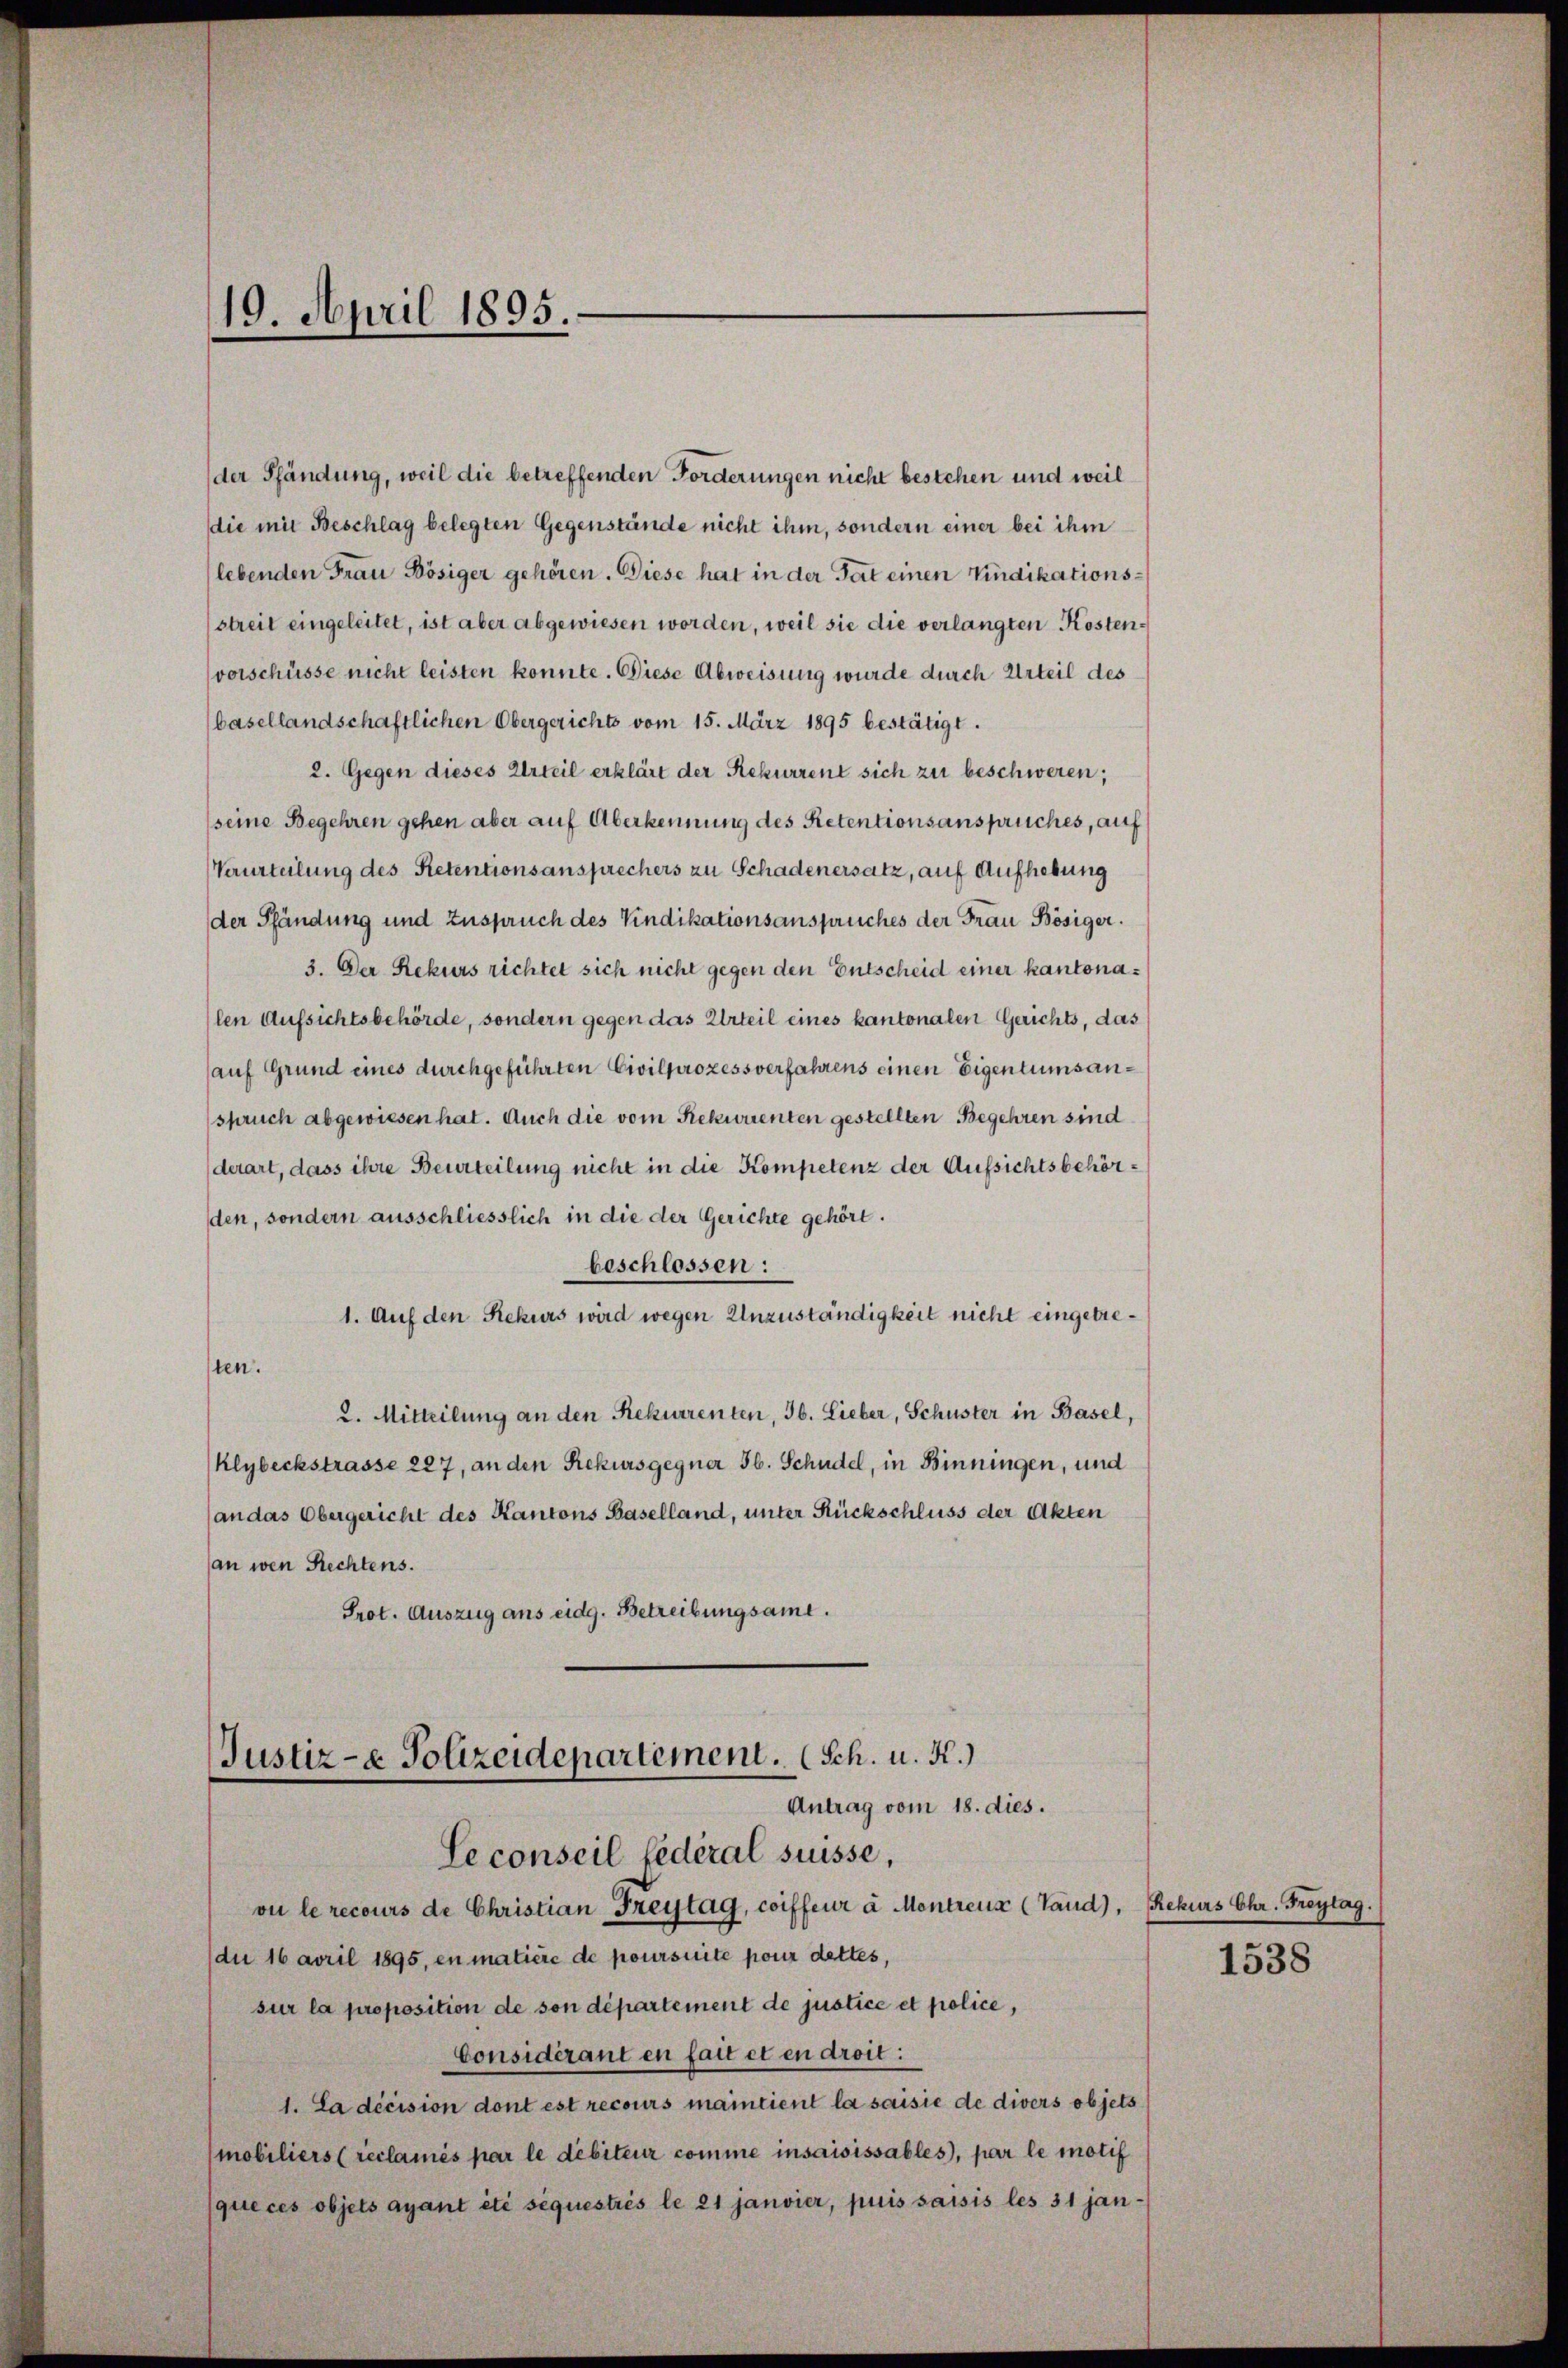
19. April 1895.

der Pfändung, weil die betreffenden Forderungen nicht bestehen und weil
die mit Beschlag belegten Gegenstände nicht ihm, sondern einer bei ihm
lebenden Frau Bösiger gehören. Diese hat in der Tat einen Vindikations¬
(streit eingeleitet, ist aber abgewiesen worden, weil sie die verlangten Kostenvorschüsse nicht leisten konnte. Diese Abweisung wurde durch Urteil des
basellandschaftlichen Obergerichts vom 15. März 1895 bestätigt.
2. Gegen dieses Urteil erklärt der Rekurrent sich zu beschweren;
seine Begehren gehen aber auf Überkennung des Retentionsanspruches, auf
Verurteilung des Retentionsansprechers zu Schadenersatz, auf Aufhebung
der Pfändung und Zuspruch des Vindikationsanspruches der Frau Bösiger.
3. Der Rekurs richtet sich nicht gegen den Entscheid einer kantonalen Aufsichtsbehörde, sondern gegen das Urteil eines kantonalen Gerichts, das
auf Grund eines durchgeführten Civilprozessverfahrens einen Eigentumsanspruch abgewiesen hat. Auch die vom Rekwuenten gestellten Begehren sind
derart, dass ihre Beurteilung nicht in die Kompetenz der Aufsichtsbehörden, sondern ausschliesslich in die der Gerichte gehört.
beschlossen:
1. Auf den Rekurs wird wegen Unzuständigkeit nicht eingetresten.
2. Mitteilung an den Rekurrenten, 36. Lieber, Schuster in Basel,
Klybeckstrasse 227, an den Rekursgegner 36. Schudel, in Binningen, und
(an das Obergericht des Kantons Baselland, unter Rückschluss der Akten
an wen Rechtens.
Prot. Auszug aus eidg. Betreibungsame.
Justiz- & Polizeidepartement. (Sch. u. K.)
Antrag vom 18. dies.
Le conseil fédéral suisse,
vu le recours de Christian Freytag, coiffeur à Montreux (Tand), Rekurs Chr. Freytag.
du 16 April 1895, en matière de poursuite pour dettes,
sur la proposition de son département de justice et police,
Considérant en fait et en droit:
1. La décision dont est recours maintient la saisie de divers objets
mobiliers (reclamés par le débiteur comme insaisissables, par le motif
(que ces objets ayant été séquestrés le 21 janvier, puis saisis les 31 jan¬

1538